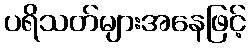
ပရိသတ်များအနေဖြင့်